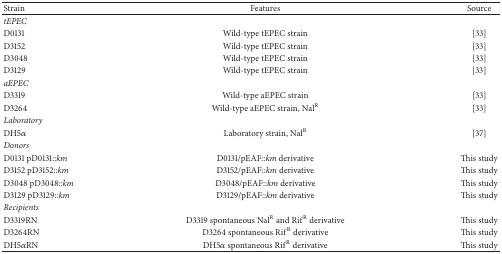
<table><thead><tr><td><b>Strain</b></td><td><b>Features</b></td><td><b>Source</b></td></tr></thead><tbody><tr><td><i>tEPEC</i></td><td> </td><td> </td></tr><tr><td>D0131</td><td>Wild-type tEPEC strain</td><td>[33]</td></tr><tr><td>D3152</td><td>Wild-type tEPEC strain</td><td>[33]</td></tr><tr><td>D3048</td><td>Wild-type tEPEC strain</td><td>[33]</td></tr><tr><td>D3129</td><td>Wild-type tEPEC strain</td><td>[33]</td></tr><tr><td><i>aEPEC</i></td><td> </td><td> </td></tr><tr><td>D3319</td><td>Wild-type aEPEC strain</td><td>[33]</td></tr><tr><td>D3264</td><td>Wild-type aEPEC strain, Nal<sup>R</sup></td><td>[33]</td></tr><tr><td><i>Laboratory</i></td><td> </td><td> </td></tr><tr><td>DH5<i>α</i></td><td>Laboratory strain, Nal<sup>R</sup></td><td>[37]</td></tr><tr><td><i>Donors</i></td><td> </td><td> </td></tr><tr><td>D0131 pD0131::<i>km</i></td><td>D0131/pEAF::<i>km</i> derivative</td><td>This study</td></tr><tr><td>D3152 pD3152::<i>km</i></td><td>D3152/pEAF::<i>km</i> derivative</td><td>This study</td></tr><tr><td>D3048 pD3048::<i>km</i></td><td>D3048/pEAF::<i>km</i> derivative</td><td>This study</td></tr><tr><td>D3129 pD3129::<i>km</i></td><td>D3129/pEAF::<i>km</i> derivative</td><td>This study</td></tr><tr><td><i>Recipients</i></td><td> </td><td> </td></tr><tr><td>D3319RN</td><td>D3319 spontaneous Nal<sup>R</sup> and Rif<sup>R</sup> derivative</td><td>This study</td></tr><tr><td>D3264RN</td><td>D3264 spontaneous Rif<sup>R</sup> derivative</td><td>This study</td></tr><tr><td>DH5<i>α</i>RN</td><td>DH5<i>α</i> spontaneous Rif<sup>R</sup> derivative</td><td>This study</td></tr></tbody></table>